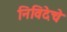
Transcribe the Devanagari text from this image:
निविदेचे